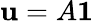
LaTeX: \mathbf{u}=A\mathbf{1}